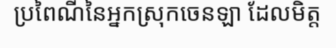
ប្រពៃណីនៃអ្នកស្រុកចេនឡា ដែលមិត្ត